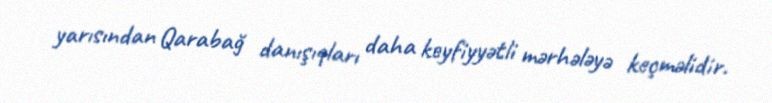
yarısından Qarabağ danışıqları daha keyfiyyətli mərhələyə keçməlidir.